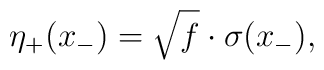
{\eta}_{+}(x_{-}) = \sqrt{f} \cdot \sigma(x_{-}),